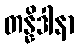
တန္နိဒါနာ